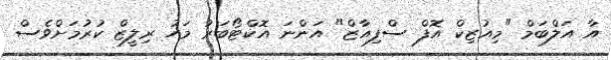
އާ އަލްބަމް "މިއުޒިކް އޮފް ސްފިއާޒް" އަންނަ އޮކްޓޯބަރު މަހު ރިލީޒް ކުރުމަށްވެސް